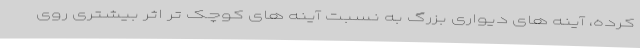
کرده، آینه های دیواری بزرگ به نسبت آینه های کوچک تر اثر بیشتری روی